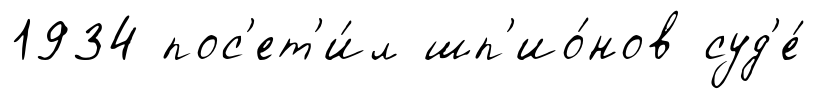
1934 пос'ет'и́л шп'ио́нов суд'е́